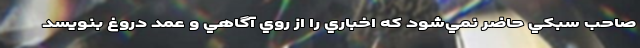
صاحب سبكي حاضر نمي‌شود كه اخباري را از روي آگاهي و عمد دروغ بنويسد